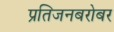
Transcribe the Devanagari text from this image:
प्रतिजनबरोबर